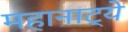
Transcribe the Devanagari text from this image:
महानाट्ये